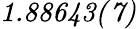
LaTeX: \mathit{1.88643(7)}